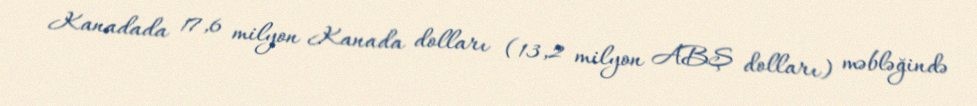
Kanadada 17,6 milyon Kanada dolları (13,2 milyon ABŞ dolları) məbləğində